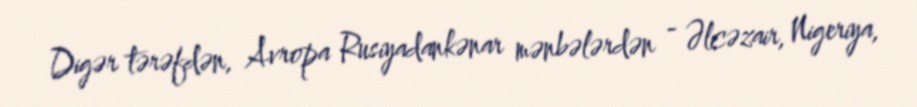
Digər tərəfdən, Avropa Rusiyadankənar mənbələrdən - Əlcəzair, Nigeriya,